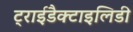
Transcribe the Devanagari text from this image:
ट्राईडैक्टाइलिडी